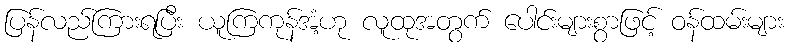
ပြန်လည်ကြားရပြီး ယူကြကုန်အံ့ဟု လူထုအတွက် ပေါင်းများစွာဖြင့် ဝန်ထမ်းများ